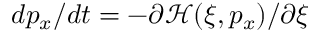
d p _ { x } / d t = - \partial \mathcal { H } ( \xi , p _ { x } ) / \partial \xi